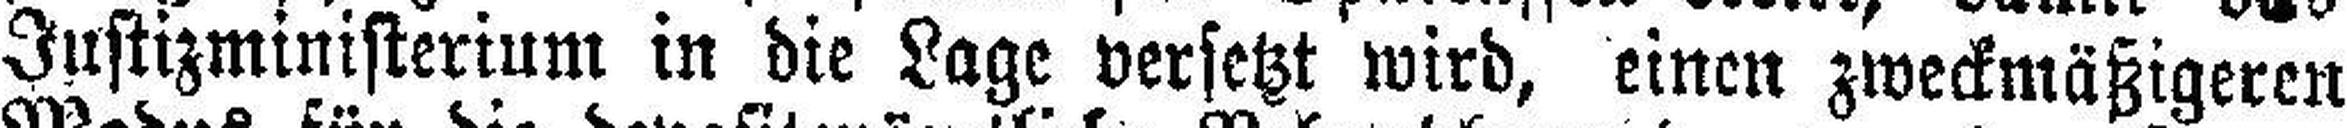
Justizministerium in die Lage versetzt wird, einen zweckmäßigeren